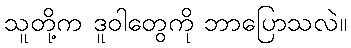
သူတို့က ဒူဝါတွေကို ဘာပြောသလဲ။